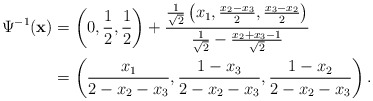
\begin{align*}\Psi^{-1} (\mathbf x) &= \left( 0, \frac 12, \frac 12 \right) + \frac{\frac{1}{\sqrt 2} \left(x_1, \frac{x_2-x_3}{2}, \frac{x_3-x_2}{2} \right)}{\frac{1}{\sqrt 2} - \frac{x_2+x_3-1}{\sqrt 2}} \\&= \left( \frac{x_1}{2-x_2-x_3}, \frac{1-x_3}{2-x_2-x_3}, \frac{1-x_2}{2-x_2-x_3} \right).\end{align*}